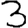
Digit: 3